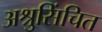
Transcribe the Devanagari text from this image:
अश्रुसिंचित